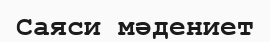
Саяси мәдениет